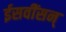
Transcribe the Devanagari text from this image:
ईसवींसन्